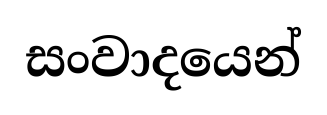
සංවාදයෙන්